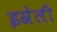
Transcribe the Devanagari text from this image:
इस्रेली